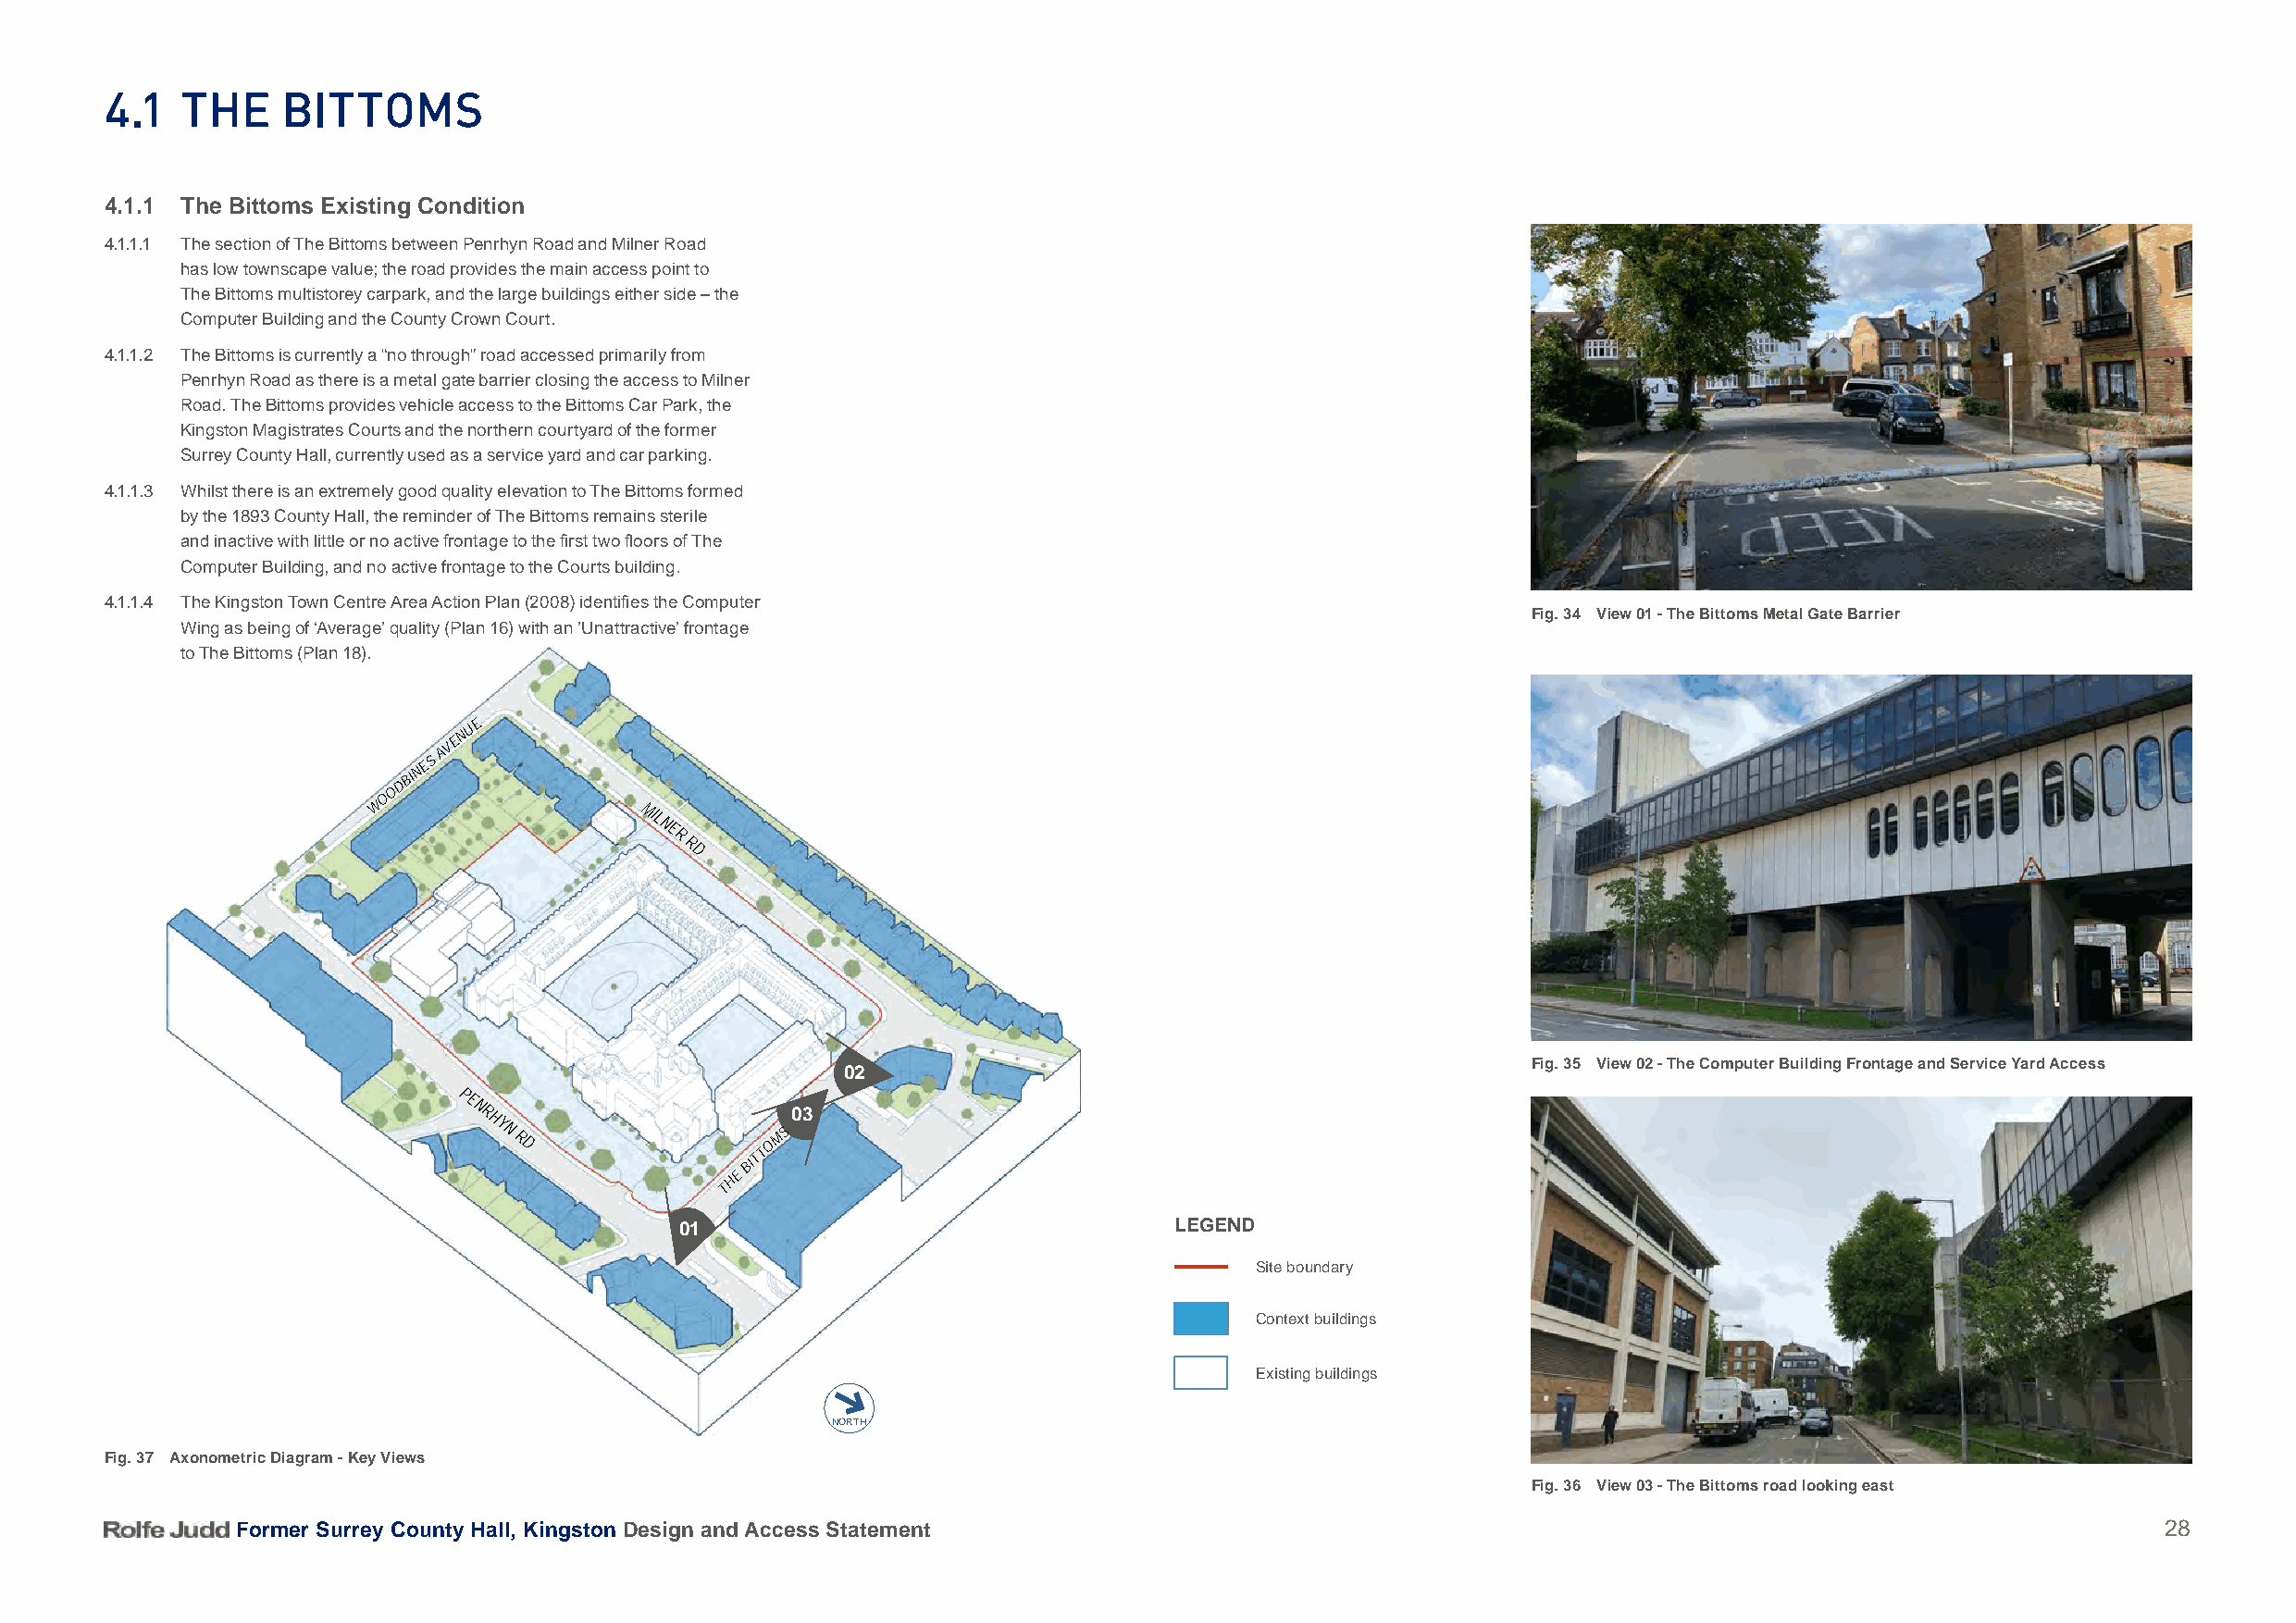
4.1   tHe    BittomS
 4.1.1 The Bittoms Existing Condition
 4.1.1.1 The section of The Bittoms between Penrhyn Road and Milner Road
 has low townscape value; the road provides the main access point to
 The Bittoms multistorey carpark, and the large buildings either side – the
 Computer Building and the County Crown Court.
 4.1.1.2 The Bittoms is currently a “no through” road accessed primarily from
 Penrhyn Road as there is a metal gate barrier closing the access to Milner
 Road. The Bittoms provides vehicle access to the Bittoms Car Park, the
 Kingston Magistrates Courts and the northern courtyard of the former
 Surrey County Hall, currently used as a service yard and car parking.
 4.1.1.3 Whilst there is an extremely good quality elevation to The Bittoms formed
 by the 1893 County Hall, the reminder of The Bittoms remains sterile
 and inactive with little or no active frontage to the first two floors of The
 Computer Building, and no active frontage to the Courts building.
 4.1.1.4 The Kingston Town Centre Area Action Plan (2008) identifies the Computer
 Fig. 34 View 01 - The Bittoms Metal Gate Barrier
 Wing as being of ‘Average’ quality (Plan 16) with an ’Unattractive’ frontage
 to The Bittoms (Plan 18).
 UE
 N
 NES
 AVE
 DBI
 O
 O
 W
 MIL
 NE
 R
 R
 D
 Fig. 35 View 02 - The Computer Building Frontage and Service Yard Access
 02
 PE
 N R                    03
 HY
 N
 R
 D
 TOMS
 BIT
 E
 H
 T
 01                                 LEGEND
 Site boundary
 Context buildings
 Existing buildings
 NORTH
 Fig. 37 Axonometric Diagram - Key Views
 Fig. 36 View 03 - The Bittoms road looking east
 Former Surrey County Hall, Kingston Design and Access Statement                                                                           28